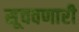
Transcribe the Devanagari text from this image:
सूचवणारी